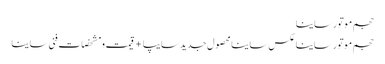
حجم موتور ساینا
حجم موتور ساینا	عکس ساینا محصول جدید سایپا +قیمت و مشخصات فنی ساینا